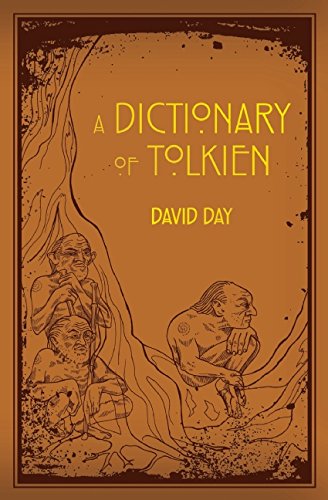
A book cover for A Dictionary of Tolkien; David Day; Science Fiction & Fantasy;